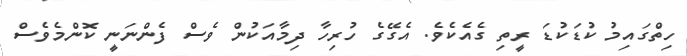
ހިތްގައިމު ކުޑަކުޑަ ރީތި ގެއެކެވެ. އެގޭގެެ ހުރިހާ ދިމާއަކުން ވެސް ފެންނަނީ ކޮންމެވެސް